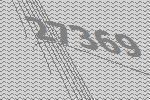
27369